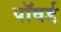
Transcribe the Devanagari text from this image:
पॉवर्ड